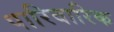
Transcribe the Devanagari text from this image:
पारिवारिक